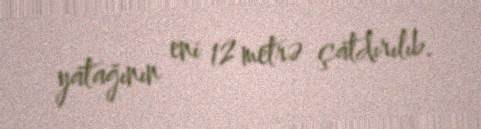
yatağının eni 12 metrə çatdırılıb.